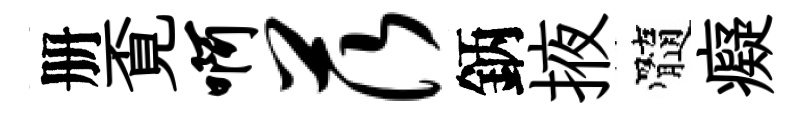
册覔啊茨鈵掖髓癡